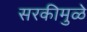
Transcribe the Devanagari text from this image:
सरकीमुळे